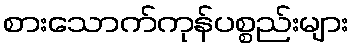
စားသောက်ကုန်ပစ္စည်းများ